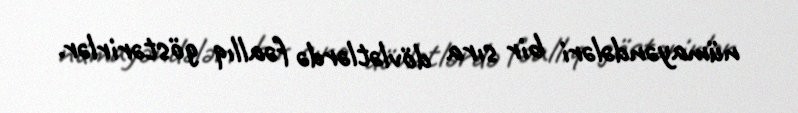
nümayəndələri bir sıra dövlətlərdə fəallıq göstərirlər.